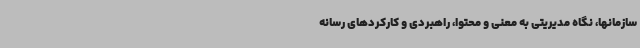
سازمانها، نگاه مدیریتی به معنی و محتوا، راهبردی و کارکردهای رسانه